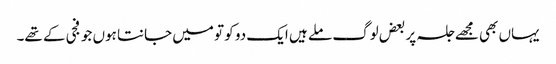
یہاں بھی مجھے جلسہ پر بعض لوگ ملے ہیں ایک دو کو تو میں جانتا ہوں جو فجی کے تھے۔